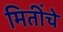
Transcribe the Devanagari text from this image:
मितींचे